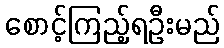
စောင့်ကြည့်ရဦးမည်